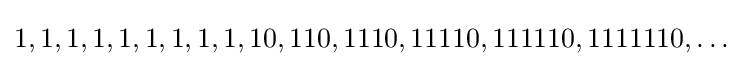
1,1,1,1,1,1,1,1,1,10,110,1110,11110,111110,1111110,\ldots